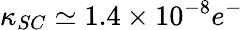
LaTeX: \kappa_{SC}\simeq 1.4\times 10^{-8}e^{-}